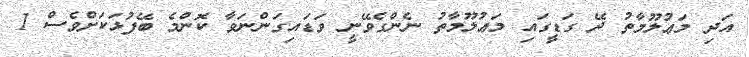
އަދި މަޢުލޫމާތު ދޭ ގަޑީގައި މަޢުލޫމާތު ނެންގެވޭނީ ވަޑައިގަންނަވާ ކޮންމެ ބޭފުޅަކަށްވެސް 1